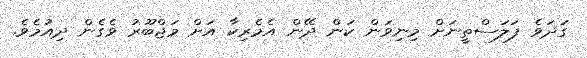
ގަދަވެ ފަލަސްތީނަށް މިނިވަން ކަން ދޭން އެމެރިކާ އަށް މަޖްބޫރު ވެގެން ދިއުމެވެ.